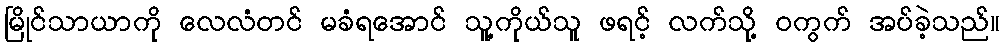
မြိုင်သာယာကို လေလံတင် မခံရအောင် သူ့ကိုယ်သူ ဖရင့် လက်သို့ ဝကွက် အပ်ခဲ့သည်။